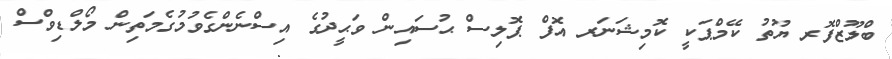
ބްލޫޒްފޮރ ޔޫތު ކޭމްޕަކީ ކޮމިޝަނަރ އޮފް ޕޮލިސް ޙުސައިން ވަޙީދުގެ އިސްނެންގެވުމުގެމަތިން މޯލްޑިވްސް